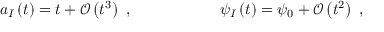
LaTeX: a _ { I } \left( t \right) = t + \mathcal { O } \left( t ^ { 3 } \right) \ , \ \ \ \ \ \ \ \ \ \ \ \ \ \ \ \ \ \psi _ { I } \left( t \right) = \psi _ { 0 } + \mathcal { O } \left( t ^ { 2 } \right) \ ,